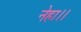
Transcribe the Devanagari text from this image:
नेहा।।